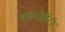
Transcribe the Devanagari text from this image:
मच्योरिटी